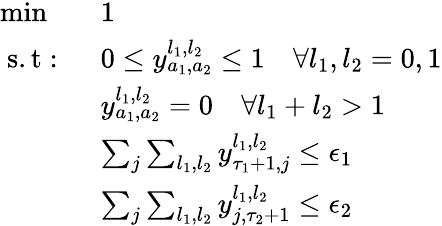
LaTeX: \begin{array}{ll}{\operatorname*{min}}&{1}\\ {\mathrm{~s.t:~}}&{0\leq y_{a_{1},a_{2}}^{l_{1},l_{2}}\leq 1\quad\forall l_{1},l_{2}=0,1}\\ &{y_{a_{1},a_{2}}^{l_{1},l_{2}}=0\quad\forall l_{1}+l_{2}>1}\\ &{\sum_{j}\sum_{l_{1},l_{2}}y_{\tau_{1}+1,j}^{l_{1},l_{2}}\leq\epsilon_{1}}\\ &{\sum_{j}\sum_{l_{1},l_{2}}y_{j,\tau_{2}+1}^{l_{1},l_{2}}\leq\epsilon_{2}}\end{array}